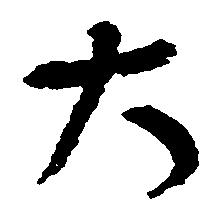
大